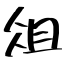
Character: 俎